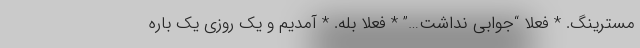
مسترینگ. * فعلا “جوابی نداشت…” * فعلا بله. * آمدیم و یک روزی یک باره